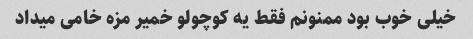
خیلی خوب بود ممنونم فقط یه کوچولو خمیر مزه خامی میداد